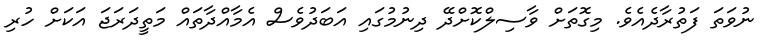
ނުވަތަ ފަތުރާދެއެވެ. މިގޮތަށް ވާސިލްކޮށްދޭ ދިނުމުގައި އަބަދުވެސް އެމާއްދާތައް މަތީދަރަޖަ އަކަށް ހުރި